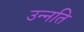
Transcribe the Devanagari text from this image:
उन्‍नति